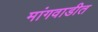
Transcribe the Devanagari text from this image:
मांगवाडीत